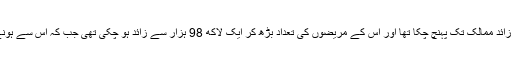
مذکورہ مرض 18 مارچ کی دوپہر تک دنیا بھر کے 160 سے زائد ممالک تک پہنچ چکا تھا اور اس کے مریضوں کی تعداد بڑھ کر ایک لاکھ 98 ہزار سے زائد ہو چکی تھی جب کہ اس سے ہونے والی ہلاکتوں کی تعداد بھی بڑھ کر 8 ہزار تک جا پہنچی تھی۔